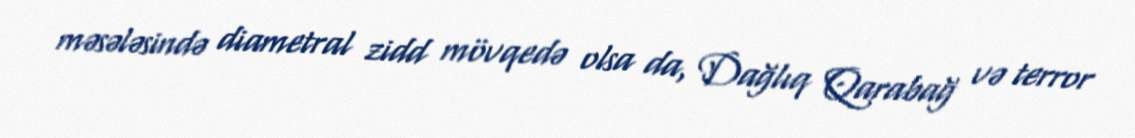
məsələsində diametral zidd mövqedə olsa da, Dağlıq Qarabağ və terror